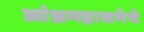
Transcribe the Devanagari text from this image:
आंध्रमहासभेचे